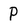
Character: P